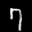
Label: 7